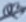
Text: Q3